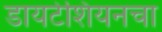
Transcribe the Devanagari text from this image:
डायटेशियनचा